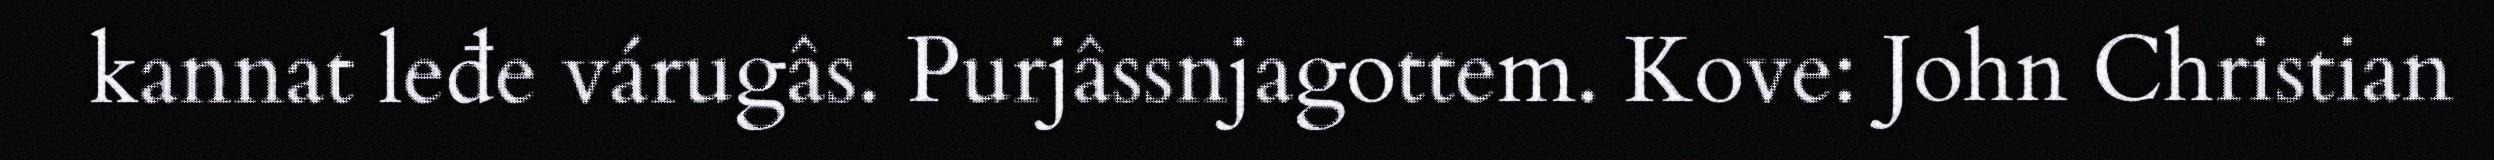
kannat leđe várugâs. Purjâssnjagottem. Kove: John Christian